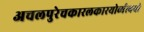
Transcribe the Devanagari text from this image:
अचलपुरेचकारलकारयोर्व्यत्ययो